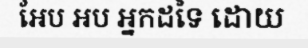
អែប អប អ្នកដទៃ ដោយ